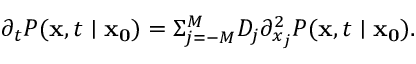
\partial _ { t } P ( \mathbf { x } , t \mid \mathbf { x _ { 0 } } ) = \Sigma _ { j = - M } ^ { M } D _ { j } \partial _ { x _ { j } } ^ { 2 } P ( \mathbf { x } , t \mid \mathbf { x _ { 0 } } ) .